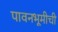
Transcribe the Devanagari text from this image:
पावनभूमीची